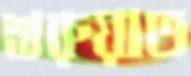
শুরুয়াত